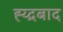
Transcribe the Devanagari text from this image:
ह्य्द्रबाद